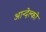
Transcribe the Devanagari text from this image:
आन्देल्को